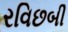
રવિછબી